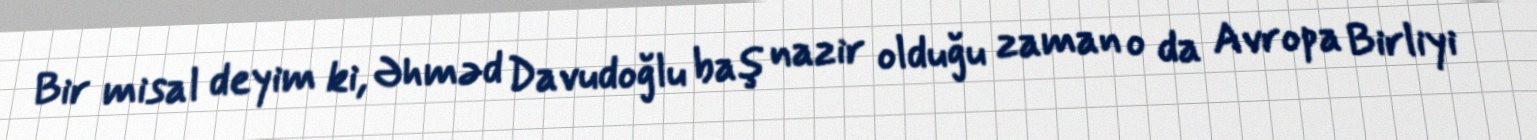
Bir misal deyim ki, Əhməd Davudoğlu baş nazir olduğu zaman o da Avropa Birliyi